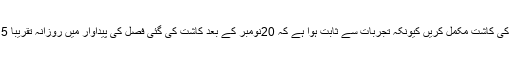
کاشتکاروں کو چاہیے کہ وہ مقررہ تاریخ تک گندم کی کاشت مکمل کریں کیونکہ تجربات سے ثابت ہوا ہے کہ 20نومبر کے بعد کاشت کی گئی فصل کی پیداوار میں روزانہ تقریباً 15تا20کلوگرام فی ایکڑ کمی آنا شروع ہوجاتی ہے۔